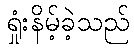
ရှုံးနိမ့်ခဲ့သည်